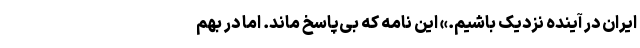
ایران در آینده نزدیک باشیم.» این نامه که بی‌پاسخ ماند. اما در بهم